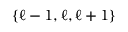
\{ \ell - 1 , \ell , \ell + 1 \}